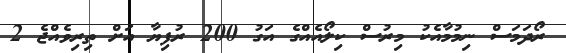
ރޯދަމަސް ނިމުމާއެކު މިރުސް ކިލޯއެއްގެ އަގު 200 ރުފިޔާ އަށް ތިރިވެއްޖެ 2